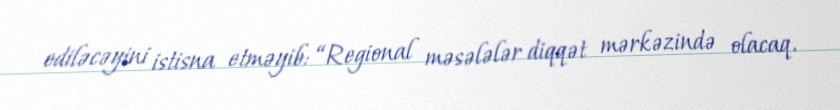
ediləcəyini istisna etməyib: “Regional məsələlər diqqət mərkəzində olacaq.